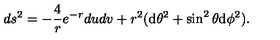
d s ^ { 2 } = - { \frac { 4 } { r } } e ^ { - r } d u d v + r ^ { 2 } ( \mathrm { d } \theta ^ { 2 } + \sin ^ { 2 } \theta \mathrm { d } \phi ^ { 2 } ) .